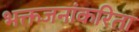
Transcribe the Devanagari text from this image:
भक्तजनांकरिता